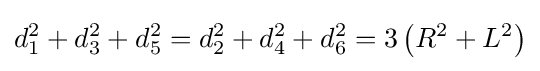
d_{1}^{2}+d_{3}^{2}+d_{5}^{2}=d_{2}^{2}+d_{4}^{2}+d_{6}^{2}=3\left(R^{2}+L^{2}\right)